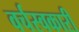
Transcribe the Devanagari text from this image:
वर्चस्वकारी